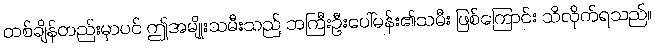
တစ်ချိန်တည်းမှာပင် ဤအမျိုးသမီးသည် ဘကြီးဦးပေါ်မန်း၏သမီး ဖြစ်ကြောင်း သိလိုက်ရသည်။